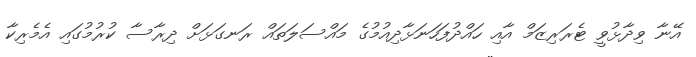
އޭނާ ވިދާޅުވީ ޓެރަރިޒަމް އާއި ހައްދުފަހަނަޅާދިއުމުގެ މައްސަލަތައް ރަނގަޅަށް ދިރާސާ ކުރުމުގައި އެމެރިކާ